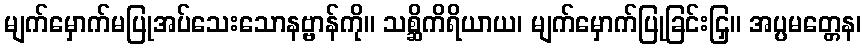
မျက်မှောက်မပြုအပ်သေးသောနဗ္ဗာန်ကို။ သစ္ဆိကိရိယာယ၊ မျက်မှောက်ပြုခြင်းငြှ။ အပ္ပမတ္တေန၊